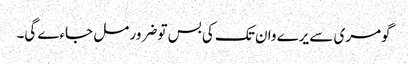
گومری سے یرے وان تک کی بس تو ضرور مل جاءے گی۔